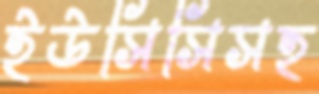
ইউসিসিসহ